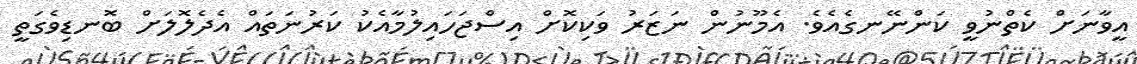
އީވާނަށް ކެތްނުވީ ކަންނޭނގެއެވެ. އެމޫނުން ނަޒަރު ވަކިކޮށް އިސްޖަހައިލުމާއެކު ކަރުނަތައް އެދެލޮލަށް ބޮނޑިވެގަތީ